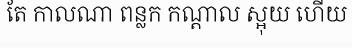
តែ កាលណា ពន្លក កណ្តាល ស្អុយ ហើយ